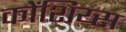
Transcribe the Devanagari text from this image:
कोंशिय्स